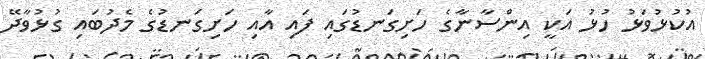
އުކުޅުވަޅު ހުޅު އަކީ އިންސާނާގެ ހަށިގަނޑުގައި ފައި އާއި ހަށިގަނޑުގެ މެދުބައި ގުޅުވާދޭ